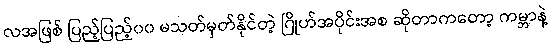
လအဖြစ် ပြည့်ပြည့်၀၀ မသတ်မှတ်နိုင်တဲ့ ဂြိုဟ်အပိုင်းအစ ဆိုတာကတော့ ကမ္ဘာနဲ့